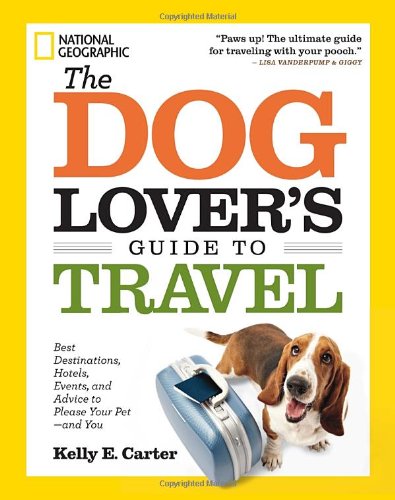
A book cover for The Dog Lover's Guide to Travel: Best Destinations, Hotels, Events, and Advice to Please Your Pet-and You; Kelly Carter; Travel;